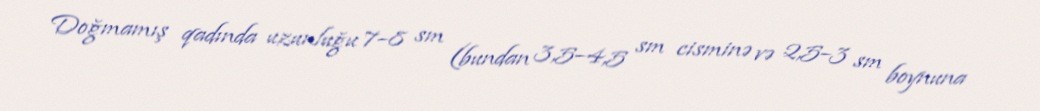
Doğmamış qadında uzunluğu 7–8 sm (bundan 3,5–4,5 sm cisminə və 2,5–3 sm boynuna